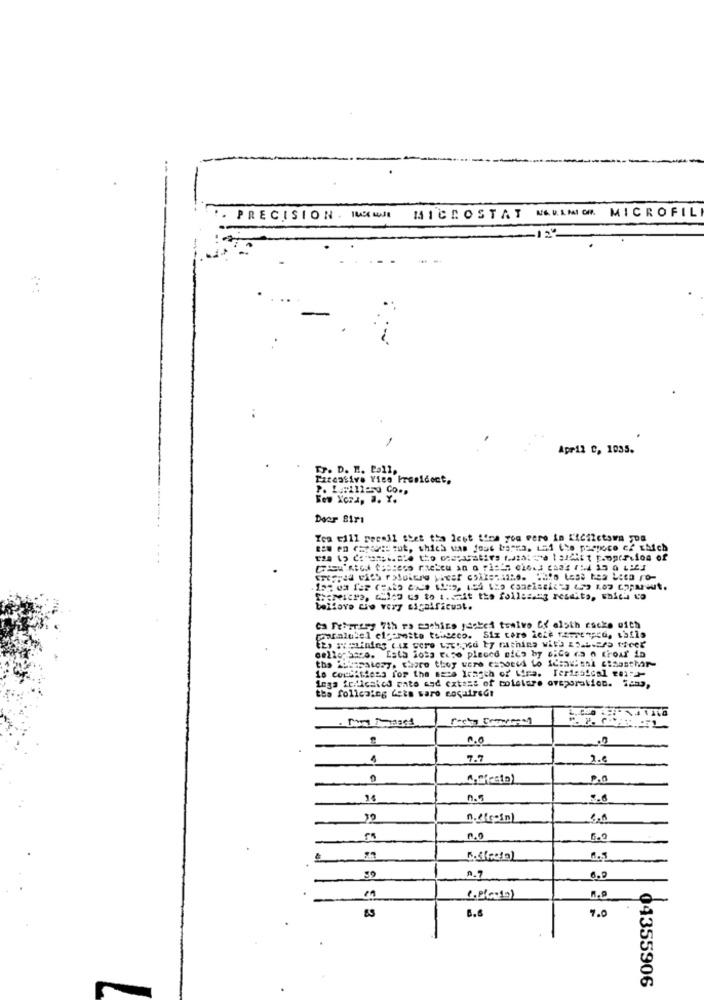
MICROSTAT NAVLMICH MICROFILI
PRECISION . IAM
12"
..
Apr12 C, 1035.
Tr. D. H. Pall.
Fizestive Vice President,
P. Lillesu Co .,
Few Xora, J. Y.
Doer Biri
Thereiers, cili us to 1 .. It the following reseits, which to
bellove cio very sicalficust.
Ga Retirery 7th To machine packed twelve Cf alsth cacke with
cello bacs. Eats iots Fuse placed eico by siCa ca o troar ia
the Pokeratory. there they were esporti to 1dans: snl 6:sasthr
10 Conditions for the mese length of Lira. Feriesical weird-
Lega teticaled rate and extras of moisture oveporatics. ions,
the follcaing dets ware socaireGt
0.0
1
7.7
2.0
Amista)
n .s
n.º
6.9
6.9
7.0
1.
6.6
04355906